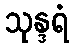
သုန္ဒရံ